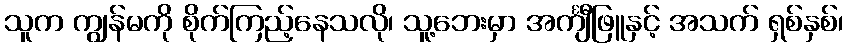
သူက ကျွန်မကို စိုက်ကြည့်နေသလို၊ သူ့ဘေးမှာ အင်္ကျီဖြူနှင့် အသက် ရှစ်နှစ်၊